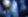
كذلك